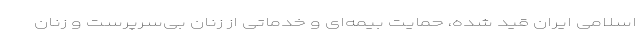
اسلامی ایران قید شده، حمایت بیمه‌ای و خدماتی از زنان بی‌سرپرست و زنان